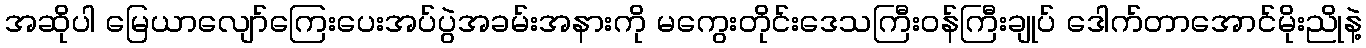
အဆိုပါ မြေယာလျော်ကြေးပေးအပ်ပွဲအခမ်းအနားကို မကွေးတိုင်းဒေသကြီးဝန်ကြီးချုပ် ဒေါက်တာအောင်မိုးညိုနဲ့